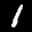
Label: 1